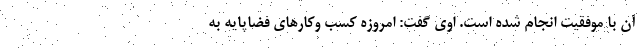
آن با موفقیت انجام شده است. اوی گفت: امروزه کسب وکارهای فضاپایه به